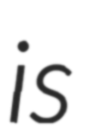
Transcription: is